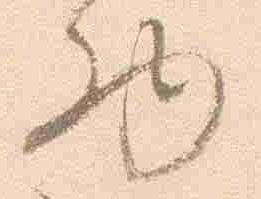
物